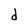
Character: d